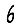
Digit: 6